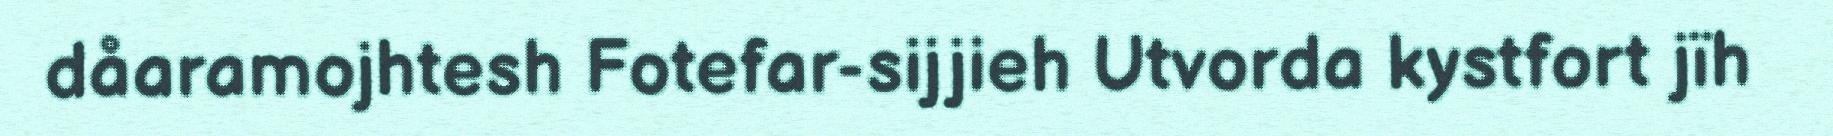
dåaramojhtesh Fotefar-sijjieh Utvorda kystfort jïh